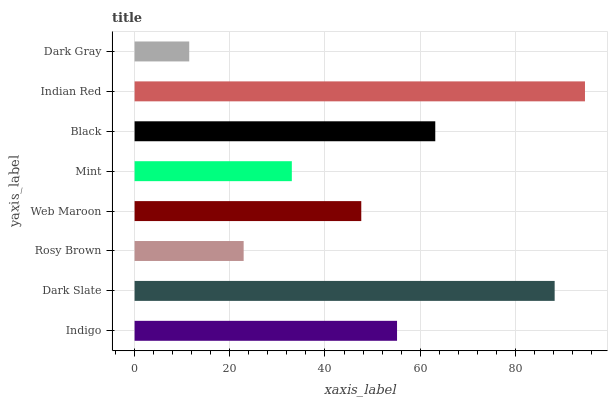
| yaxis_label | bars |
 | --- | --- |
 | Indigo | 55.1 |
 | Dark Slate | 88.2 |
 | Rosy Brown | 22.9 |
 | Web Maroon | 47.6 |
 | Mint | 33 |
 | Black | 63.2 |
 | Indian Red | 94.6 |
 | Dark Gray | 11.5 |